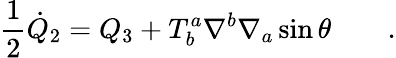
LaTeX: \frac{1}{2}{\dot{Q}}_{2}=Q_{3}+T_{b}^{a}\nabla^{b}\nabla_{a}\sin\theta\qquad.